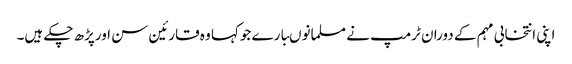
اپنی انتخابی مہم کے دوران ٹرمپ نے مسلمانوںبارے جوکہا وہ قارئین سن اورپڑھ چکے ہیں۔